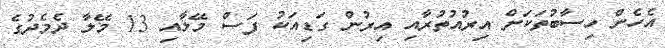
އެހެން ހިސާބުތަކަށް އިރުއުތުރާއި އިރުން ގަޑިއަކު ފަސް މޭލާއި 13 މޭލާ ދެމެދުގެ